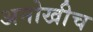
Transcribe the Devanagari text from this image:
अनोखीच